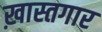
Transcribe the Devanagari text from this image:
ख़ास्तगार